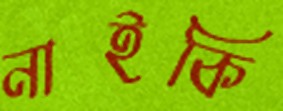
নাইকি